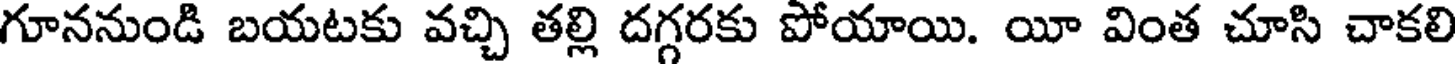
గూననుండి బయటకు వచ్చి తల్లి దగ్గరకు పోయాయి. యీ వింత చూసి చాకలి